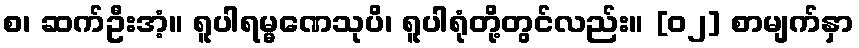
စ၊ ဆက်ဦးအံ့။ ရူပါရမ္မဏေသုပိ၊ ရူပါရုံတို့တွင်လည်း။ [၀၂] စာမျက်နှာ